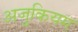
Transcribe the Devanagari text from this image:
अजुकियम